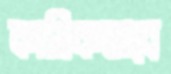
কায়িকভাবে